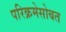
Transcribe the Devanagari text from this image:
परिक्रमेसोबत